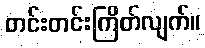
တင်းတင်းကြိတ်လျက်။